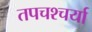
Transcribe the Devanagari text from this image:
तपचश्चर्या